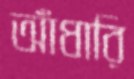
আঁধারি